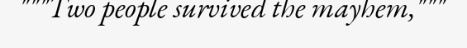
"""Two people survived the mayhem,"""